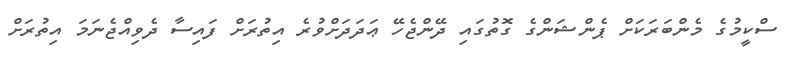
ސްކީމުގެ މެންބަރަކަށް ޕެންޝަންގެ ގޮތުގައި ދޭންޖެހޭ ޢަދަދަށްވުރެ އިތުރަށް ފައިސާ ދެވިއްޖެނަމަ އިތުރަށް